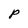
Character: P